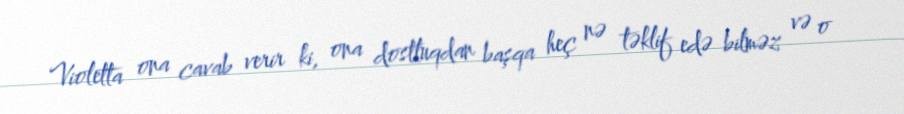
Violetta ona cavab verir ki, ona dostluqdan başqa heç nə təklif edə bilməz və o